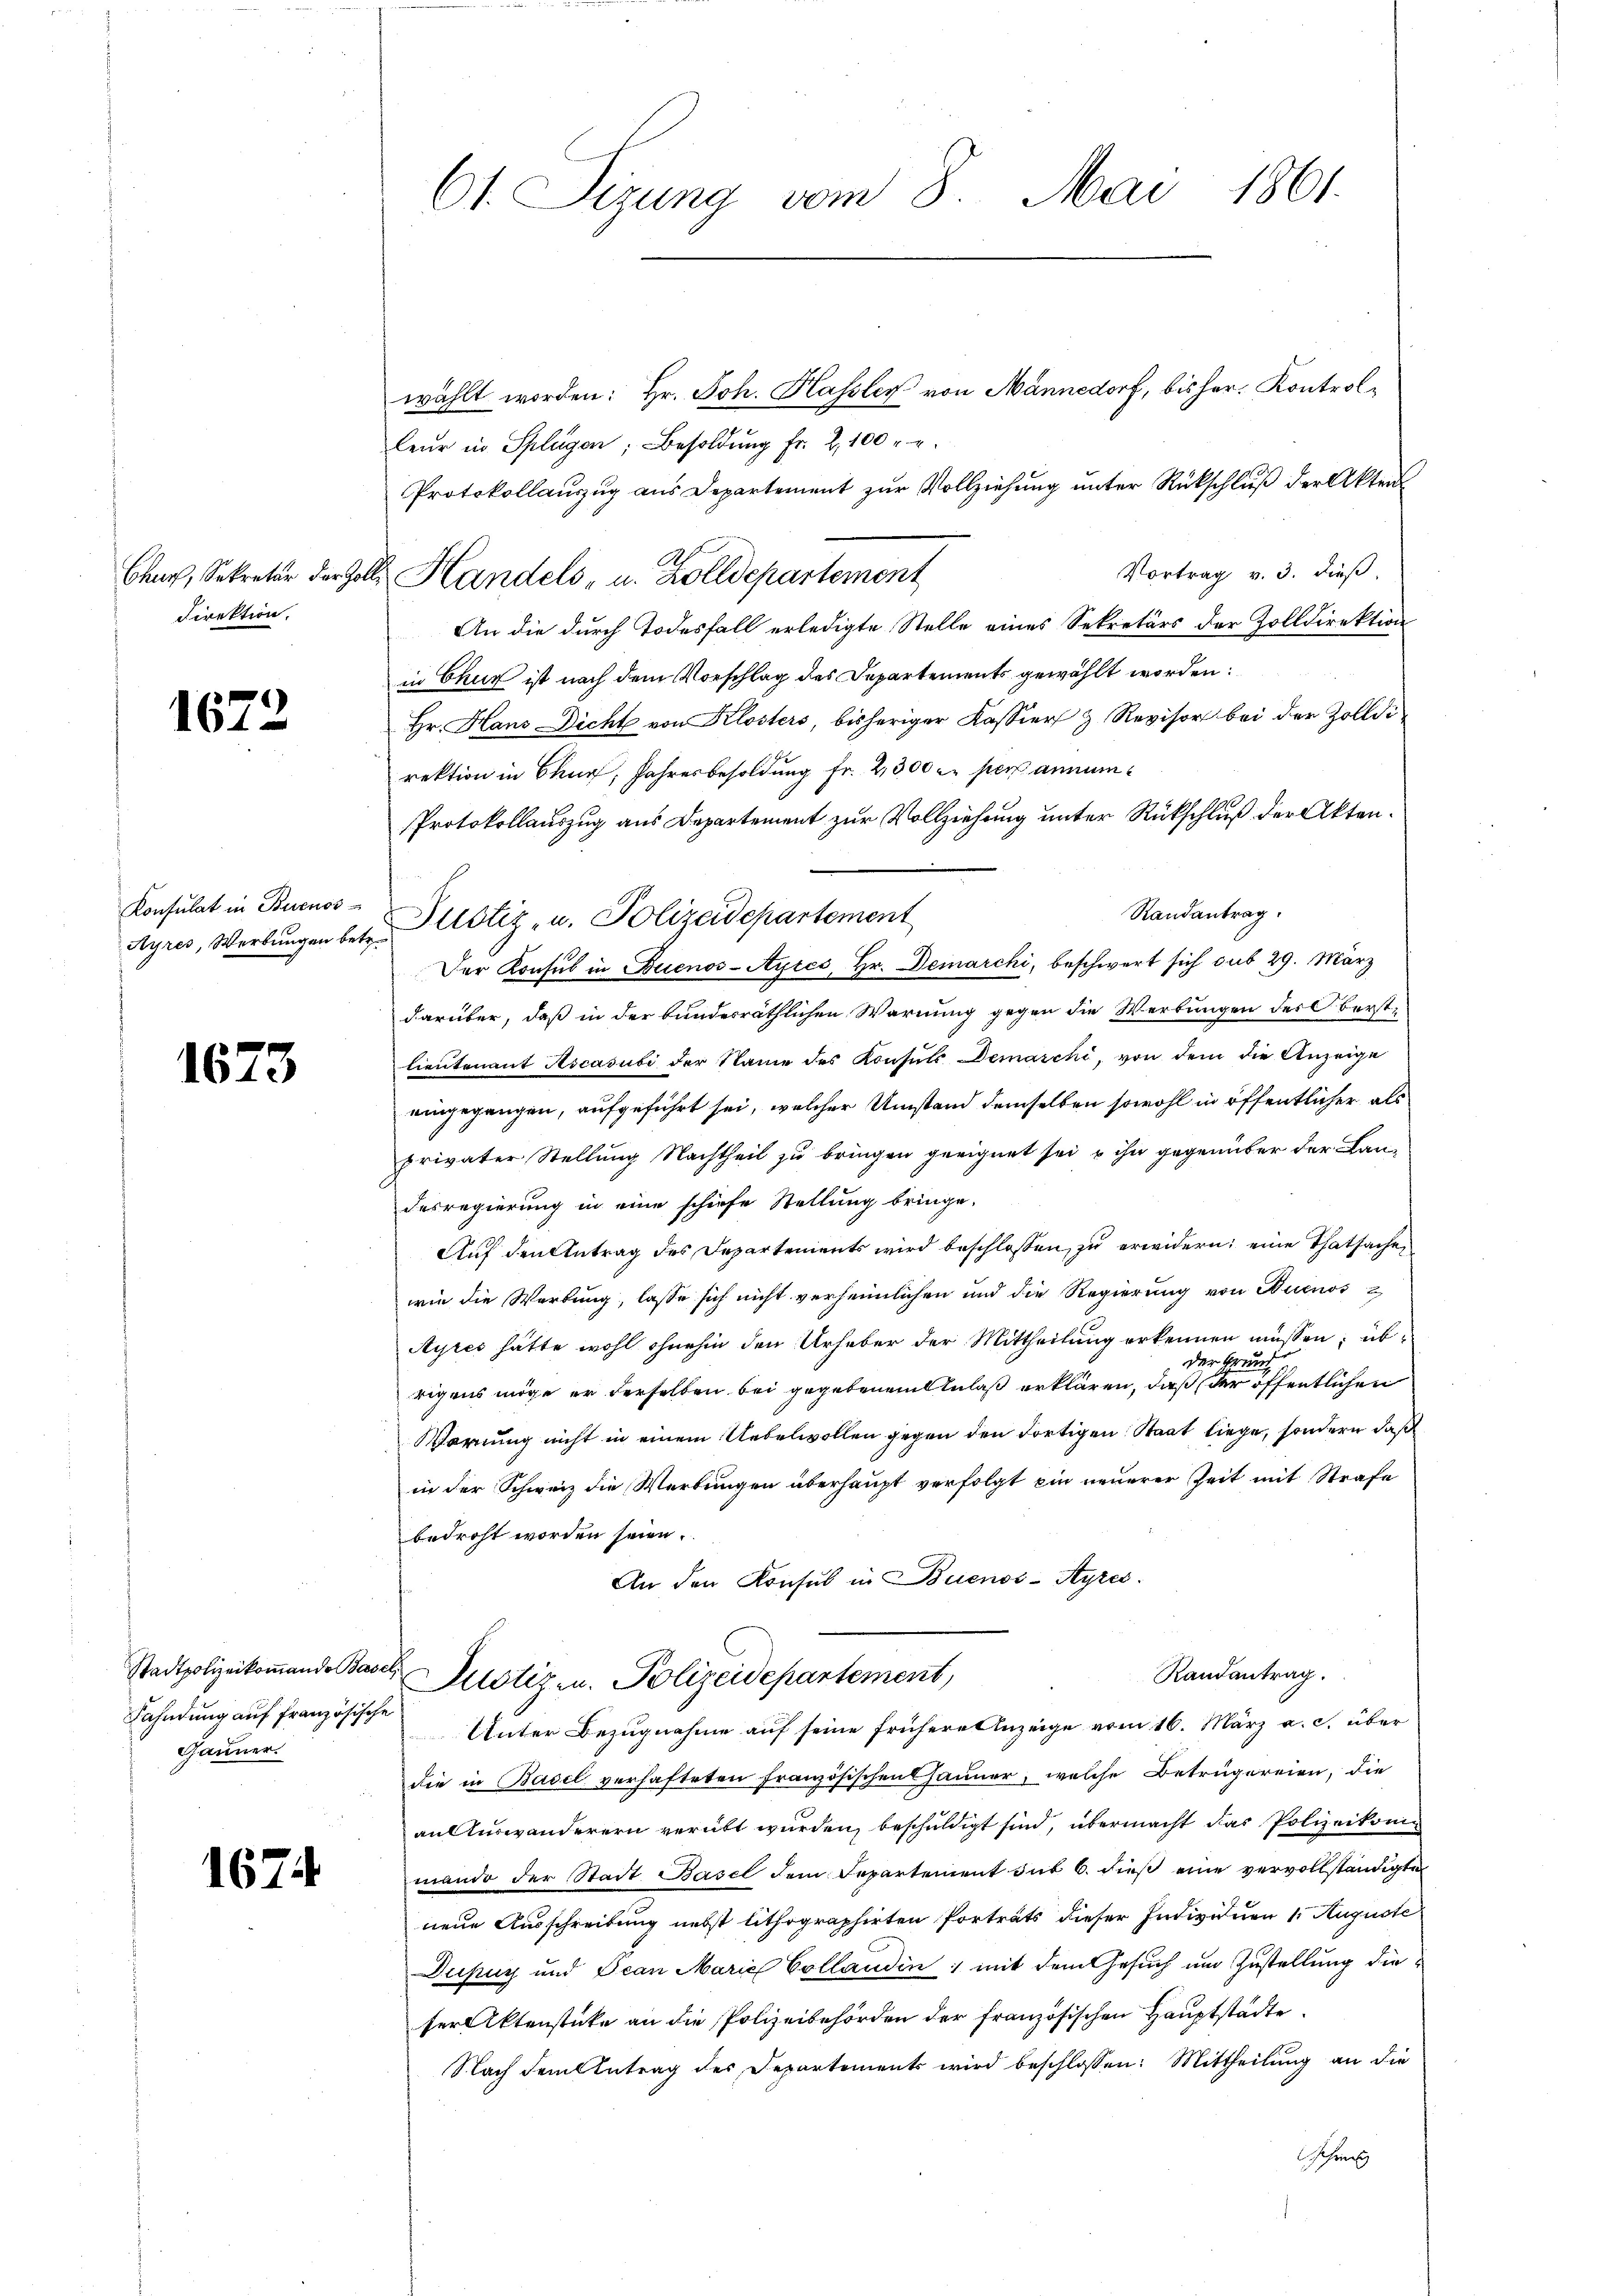
Churf, Sekretär der He
Direktion.

167

2

Konsulat in Buenos-

1673

Fahndung auf französische
Jänner.

1674

61. Sizung vom 8. Mai 1861.

wählt worden: Hr. Joh. Hassler von Männedorf, bisher. Kontrolleŭr in Splügen; Besoldŭng fr. 2, 100 r. u.
Protokollauszug aus Departement zur Vollziehung unter Rückschluß der Akten
Vortrag v. 3. dieß.
An die durch Todesfall erledigte Stelle eines Sekretärs der Zolldirektion
in Chur ist nach dem Vorschlag des Departements gewählt worden.
Hr. Hans Dicht von Klosters, bisheriger Kassier & Revisor bei der Zolldirektion in Chur, Jahresbesoldung fr. 2300 c. per annum¬
Protokollauszug aus Departement zur Vollziehung unter Rückschluß der Akten¬
Randantrag.
Der Konsul in Buenos-Ayres, Hr. Demarchi, beschwert sich sub 29. März
darüber, daß in der bundesräthlichen Warnung gegen die Werkungen des Oberstlieutenant Ascasubi der Name des Konsuls Demarchi, von dem die Anzeige
eingegangen, aufgeführt sei, welcher Umstand demselben sowohl in öffentlicher als
privater Stellung Nachtheil zu bringen geeignet sei, u ihn gegenüber der Lan-
desregierung in eine schiefe Stellung bringe.
Auf den Antrag des Departements wird beschlossen, zu erwidern; eine Thatsache,
wie die Werbung, lasse sich nicht verheimlichen und die Regierung von Buenos 2
Ayres hätte wohl ohnehin den Urheber der Mittheilung erkennen müssen; üb¬
Ehren
des
rigens möge er derselben bei gegebenen Anlaß erklären, daß der öffentlichen
Warnung nicht in einem Uebelwollen gegen den Fortigen Staat liege, sondern daß
in der Schweiz die Werbungen überhaupt verfolgt ein neuerer Zeit mit Strafe
bedroht worden seien.
An den Konsul in Buenos-Ayres
Randantrag.
Stadtpolizeikommende das Notiz u. Polizeidepartement,
Unter Bezugnahme auf seine frühere luzeige vom 16. März a. c. über
die in Basel verhafteten Französischen Gauner, welche Betrügereien, die
an Auswanderern verübt wurden, beschuldigt sind, übermacht das Polizeikomimando der Stadt Basel dem Separtement aŭs 6. dieβ eine vervollständigte
neue Ausschreibung nebst lithographirten Porträts dieser Individuen 1. Auguste
Dusuy und Jean Marie Collaudin; mit dem Gesuch und Zustellung dieser Aktenstücke an die Polizeibehörden der französischen Hauptstädte
Nach dem Antrag des Departements wird beschlossen: Mittheilung an die
Schön

Ayres, Werbŭngen betr. stiz- u. Polizeidepartement

A.
I. Handels- u. Zolldepartement